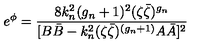
e ^ { \phi } = \frac { 8 k _ { n } ^ { 2 } ( g _ { n } + 1 ) ^ { 2 } ( \zeta \bar { \zeta } ) ^ { g _ { n } } } { [ B \bar { B } - k _ { n } ^ { 2 } ( \zeta \bar { \zeta } ) ^ { ( g _ { n } + 1 ) } A \bar { A } ] ^ { 2 } }